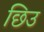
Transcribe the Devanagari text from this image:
छिउ